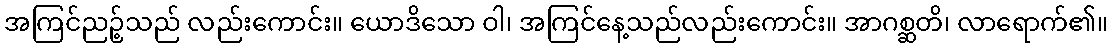
အကြင်ညဉ့်သည် လည်းကောင်း။ ယောဒိသော ဝါ၊ အကြင်နေ့သည်လည်းကောင်း။ အာဂစ္ဆတိ၊ လာရောက်၏။